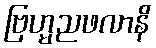
ဗြဟ္မညဖလာနိ